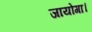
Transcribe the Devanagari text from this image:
जायोगा।